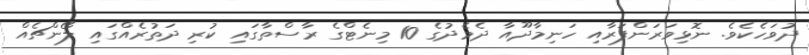
ދުވަހެކެވެ. ނޮޅިވަރަންފަރާއި ހަނިމާދޫއާ ދެމެދުގެ 10 މިނެޓްގެ ރާސްތާގައި ކުރި ދަތުރެއްގައި ލޯންޗެއް